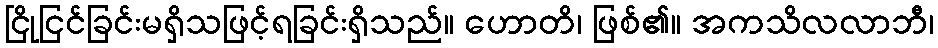
ငြိုငြင်ခြင်းမရှိသဖြင့်ရခြင်းရှိသည်။ ဟောတိ၊ ဖြစ်၏။ အကသိလလာဘီ၊